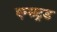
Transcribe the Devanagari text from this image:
एम्सट्रड